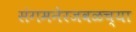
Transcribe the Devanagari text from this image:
संगमनेरजवळच्या